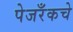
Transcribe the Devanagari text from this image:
पेजरँकचे